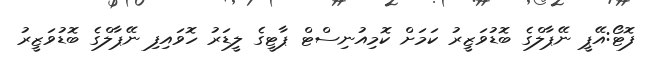
ފޮޓޯ:އޭޕީ ނޭޕާލްގެ ބޮޑުވަޒީރު ކަމަށް ކޮމިއުނިސްޓް ޕާޓީގެ ލީޑަރު ހޮވައިފި ނޭޕާލްގެ ބޮޑުވަޒީރު